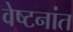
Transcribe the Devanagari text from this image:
वेष्टनांत